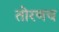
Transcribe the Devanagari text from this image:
तोरणच